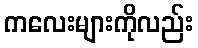
ကလေးများကိုလည်း